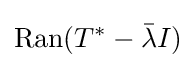
\mathrm {Ran} (T^{*}-{\bar {\lambda }}I)